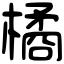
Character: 橘